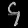
Digit: ၄